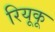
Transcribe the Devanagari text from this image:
रियूकू